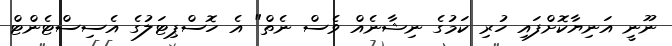
ނޫނީ އަނިޔާކޮށްފައި ހުރި ކަމުގެ ނިޝާނެއް ވެސް ނެތް" އެ ހޮސްޕިޓަލުގެ އެސިސްޓެންޓް